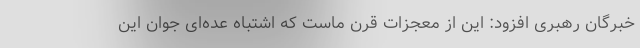
خبرگان رهبری افزود: این از معجزات قرن ماست که اشتباه عده‌ای جوان این